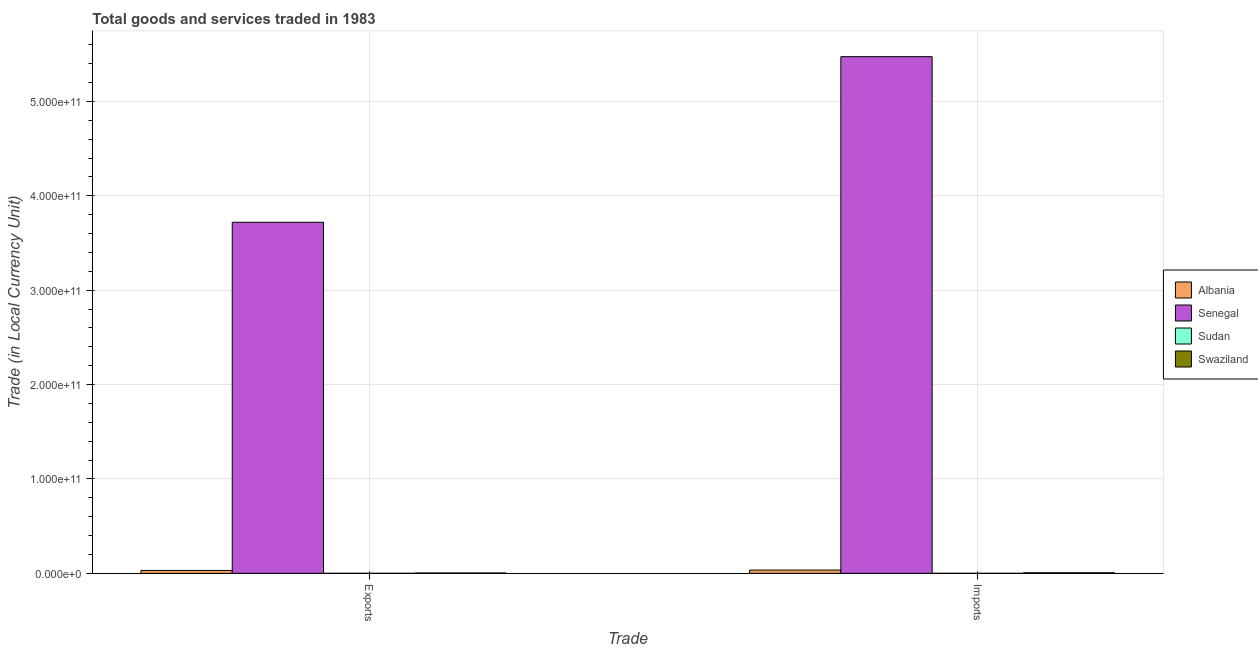
| Trade | Albania | Senegal | Sudan | Swaziland |
 | --- | --- | --- | --- | --- |
 | Exports | 3.04e+09 | 3.72e+11 | 1.13e+06 | 3.84e+08 |
 | Imports | 3.48e+09 | 5.47e+11 | 2.27e+06 | 6.21e+08 |